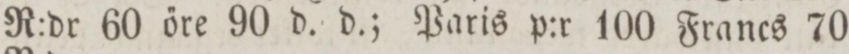
R:dr 60 őre 90 d. d.; Paris p:r 100 Francs 70